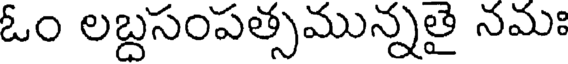
ఓం లబ్దసంపత్సమున్నతై నమః